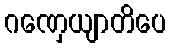
ဂဏှေယျာတိပေ